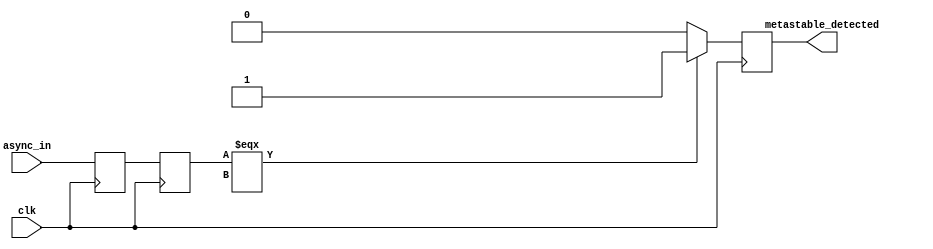
module TwoFF_Metastability_Detector (
    input wire clk,              // Clock signal
    input wire async_in,         // Asynchronous input signal
    output reg metastable_detected // Output signal indicating metastability
);

    // Internal signals for the flip-flops
    reg ff1_out;                // Output of the first flip-flop
    reg ff2_out;                // Output of the second flip-flop

    // Flip-Flop 1: Sample the asynchronous input
    always @(posedge clk) begin
        ff1_out <= async_in;    // Sample async_in on the rising edge of clk
    end

    // Flip-Flop 2: Sample the output of the first flip-flop
    always @(posedge clk) begin
        ff2_out <= ff1_out;      // Sample ff1_out on the rising edge of clk
    end

    // Metastability detection logic
    always @(posedge clk) begin
        // Check if ff2_out is stable
        if (ff2_out === 1'bx) begin
            metastable_detected <= 1'b1; // Indicate metastability detected
        end else begin
            metastable_detected <= 1'b0; // Clear metastability indication
        end
    end

endmodule